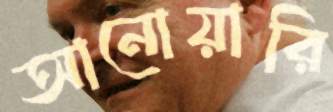
আনোয়ারি